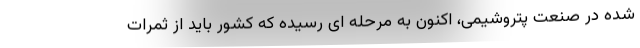
شده در صنعت پتروشیمی، اکنون به مرحله ای رسیده که کشور باید از ثمرات